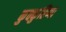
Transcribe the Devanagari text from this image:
कुक्कुरिप्पा